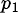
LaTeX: _{p_{1}}